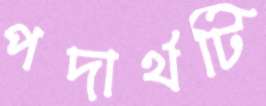
পদার্থটি